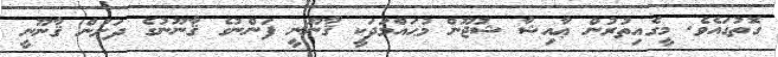
ގޮތުގައެވެ. މީގެއިތުރުން ޢާއިޝާ ޝުޖޫން މުޙައްމަދަކީ ޤާނޫނީ ފަންނުގެ ޤާނޫނުގެ ދަށުން ޤާނޫނީ